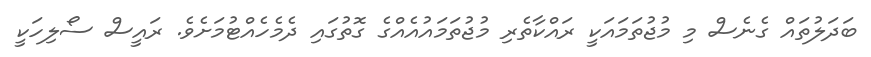
ބަދަލުތައް ގެނެސް މި މުޖުތަމައަކީ ރައްކާތެރި މުޖުތަމައުއެއްގެ ގޮތުގައި ދެމެހެއްޓުމަށެވެ. ރައީސް ސޯލިހަކީ